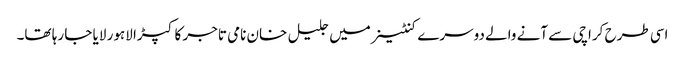
اسی طرح کراچی سے آنے والے دوسرے کنٹینر میں جلیل خان نامی تاجر کا کپڑا لاہور لایا جا رہا تھا۔